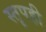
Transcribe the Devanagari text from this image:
स्तूपही